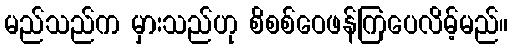
မည်သည်က မှားသည်ဟု စိစစ်ဝေဖန်ကြပေလိမ့်မည်။